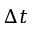
\Delta t